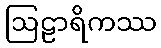
ဩဠာရိကဿ